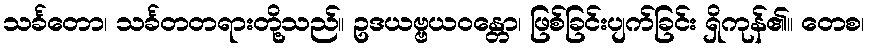
သင်္ခတော၊ သင်္ခတတရားတို့သည်။ ဥဒယဗ္ဗယဝန္တော၊ ဖြစ်ခြင်းပျက်ခြင်း ရှိကုန်၏။ တေစ၊